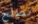
نصلح